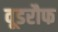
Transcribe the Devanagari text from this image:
वूडरौफ